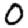
Digit: 0